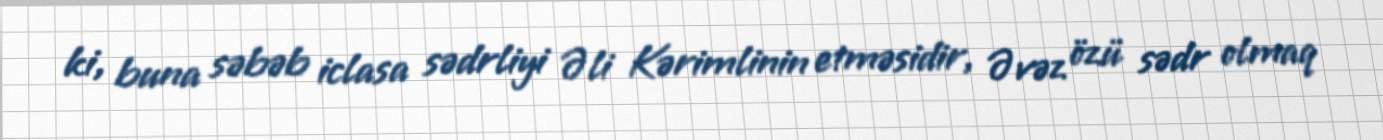
ki, buna səbəb iclasa sədrliyi Əli Kərimlinin etməsidir, Əvəz özü sədr olmaq